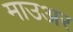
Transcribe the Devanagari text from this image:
माउअर